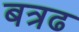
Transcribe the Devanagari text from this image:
बत्रढ